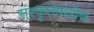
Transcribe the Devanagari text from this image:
स्ंस्कृतमध्येच